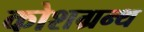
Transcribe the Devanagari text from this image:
कोशग्रन्थ